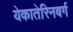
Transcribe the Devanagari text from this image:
येकातेरिनबर्ग